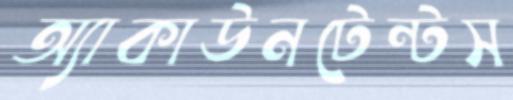
অ্যাকাউনটেন্টস